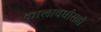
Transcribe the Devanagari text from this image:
कालावधीसही